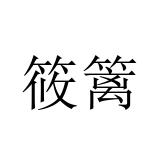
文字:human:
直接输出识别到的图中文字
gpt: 筱篱